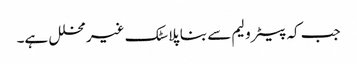
جب کہ پیٹرولیم سے بنا پلاسٹک غیر محلل ہے۔